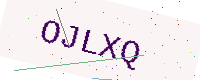
Text: OJLXQ